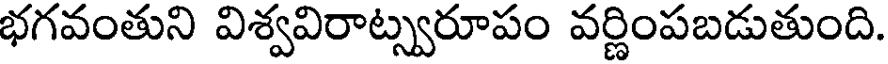
భగవంతుని విశ్వవిరాట్స్వరూపం వర్ణింపబడుతుంది.